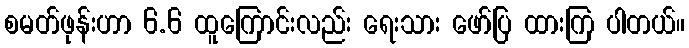
စမတ်ဖုန်းဟာ 6.6 ထူကြောင်းလည်း ရေးသား ဖော်ပြ ထားကြ ပါတယ်။